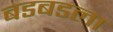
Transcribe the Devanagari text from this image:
बडबडला